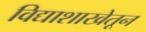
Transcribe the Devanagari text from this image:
विद्याशाखेतून